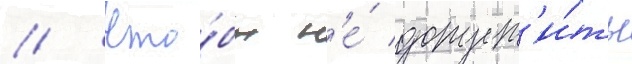
// Что́бы н'е́ допуст'и́ть